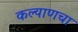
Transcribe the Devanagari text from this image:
कल्याणचा